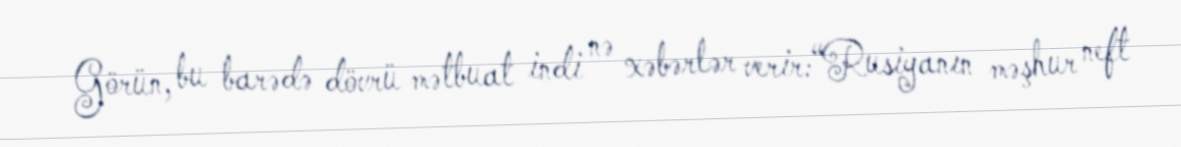
Görün, bu barədə dövrü mətbuat indi nə xəbərlər verir:“Rusiyanın məşhur neft